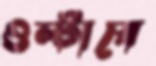
ওল্‌টাবে